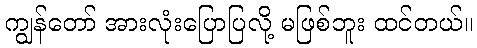
ကျွန်တော် အားလုံးပြောပြလို့ မဖြစ်ဘူး ထင်တယ်။